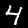
Label: 4